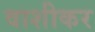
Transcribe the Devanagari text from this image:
वाशीकर